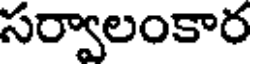
సర్వాలంకార